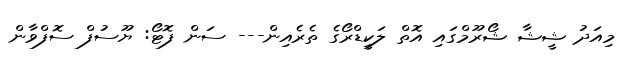
މިއަދު ޝީޝާ ޝޯރޫމްގައި އޮތް ލަކީޑްރޯގެ ތެރެއިން--- ސަން ފޮޓޯ: ޔޫސުފް ސޮފްވާން